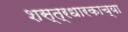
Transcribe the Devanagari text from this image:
शस्त्रधारकाच्या